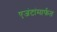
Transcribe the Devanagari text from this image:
एजंटांमार्फत